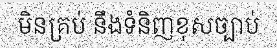
មិនគ្រប់ នឹងទំនិញខុសច្បាប់